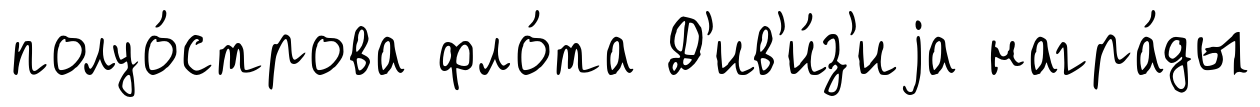
полуо́строва фло́та Д'ив'и́з'иjа награ́ды